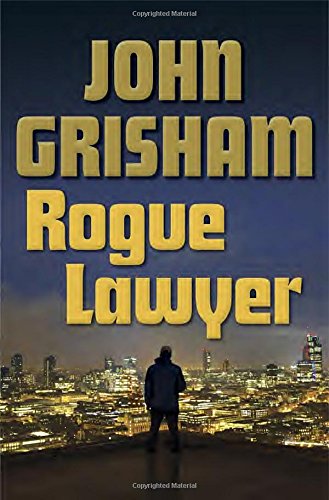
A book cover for Rogue Lawyer; John Grisham; Mystery, Thriller & Suspense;